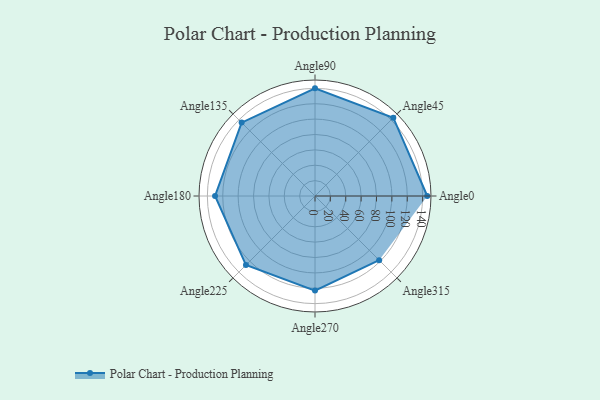
{"axis": {"x": "Angle", "y": "Radius"}, "legend": [""], "data": [{"x": "Angle0", "y": 146.0, "type": ""}, {"x": "Angle45", "y": 144.0, "type": ""}, {"x": "Angle90", "y": 140.0, "type": ""}, {"x": "Angle135", "y": 135.0, "type": ""}, {"x": "Angle180", "y": 130.0, "type": ""}, {"x": "Angle225", "y": 127.0, "type": ""}, {"x": "Angle270", "y": 123.0, "type": ""}, {"x": "Angle315", "y": 118.0, "type": ""}]}